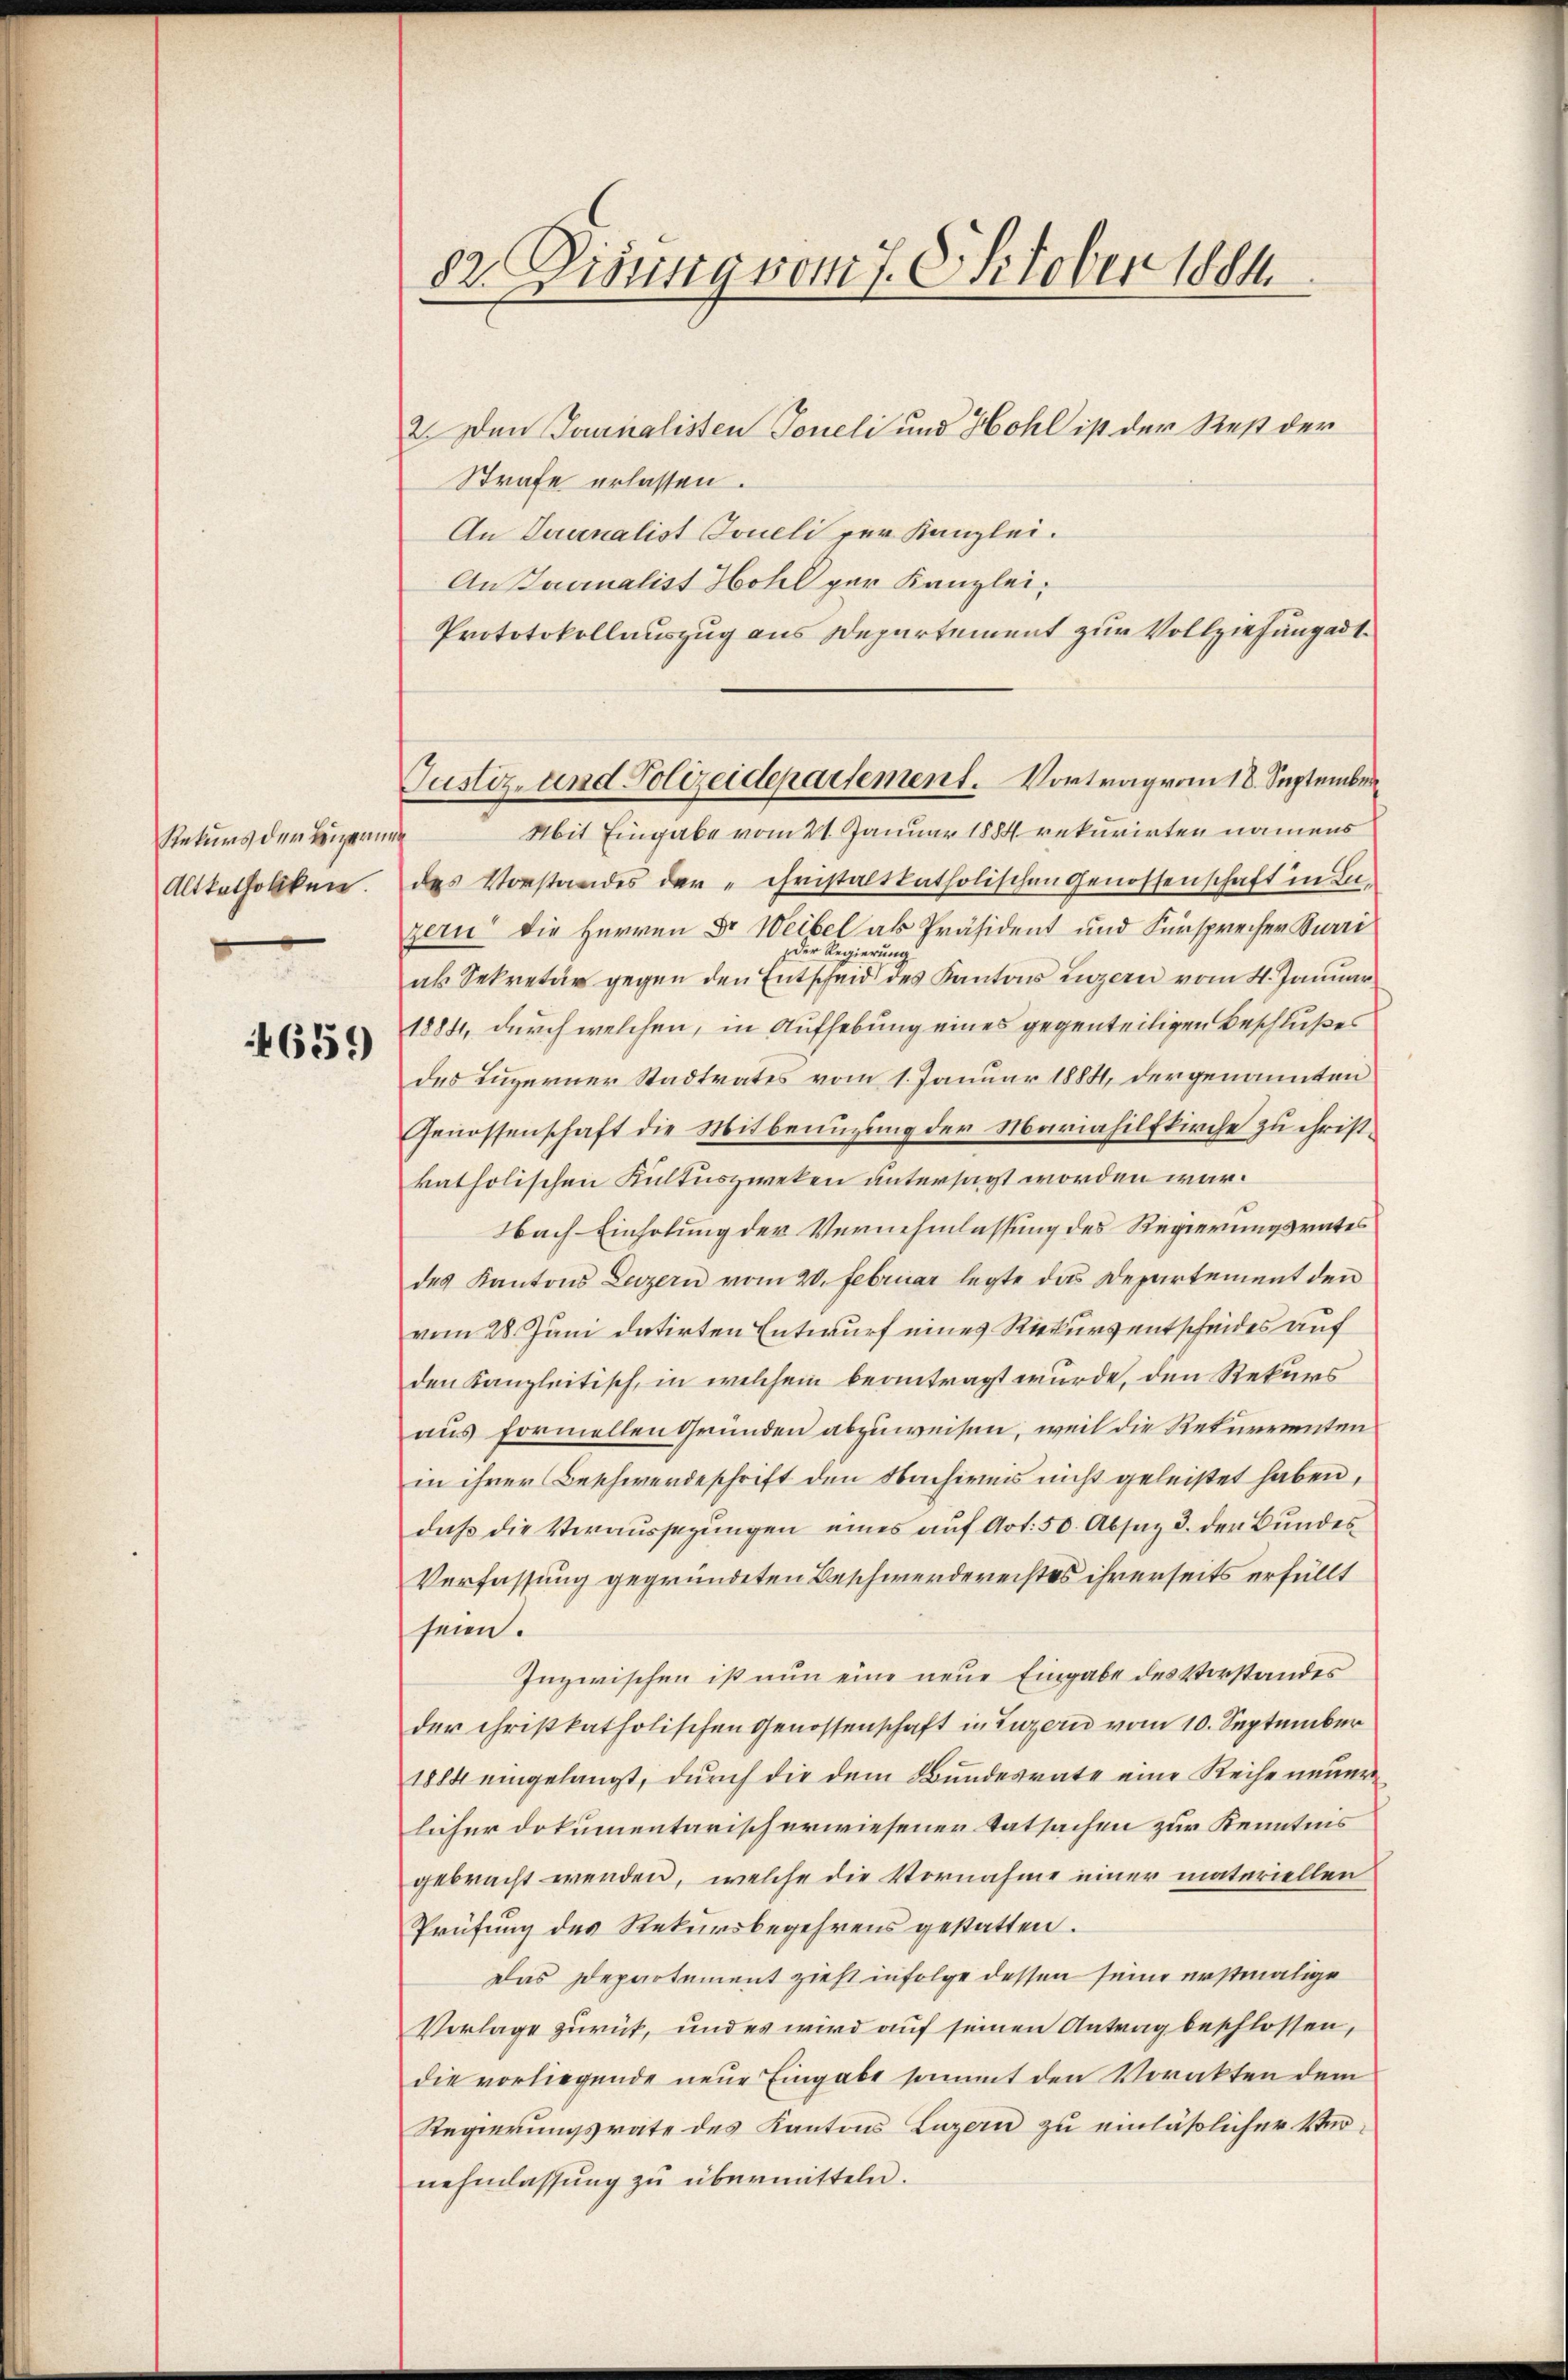
Returs der Beigerun¬
Altkatholiken.

639)

82. Disung vom 7. October 1884.

2. Den Journalisten Toneli und Hohl ist der Rest der
Strafe erlassen.
An Turnalist Joneli per Kanzlei.
An Journalist Hohl per Kanzlei,
Prototokollauszug aus Departement zur Vollziehung ad 1.
Mit Eingabe vom 21. Januar 1884 rekurirten namens
des Vorstandes der Christaltkatholischen Genossenschaft in Leizern die Herren Dr Weibel als Präsident und Fürsprecher Burri
der Regierung
als Sekretär gegen den Entscheid des Kantons Luzern vom 4. Januar
1884, durch welchen, in Aufhebung eines gegenteiligen Beschlußes
des Luzerner Stadtrates vom 1. Januar 1884, der genannten
Genossenschaft die Mitbenuzung der Mariahilfkirche zu christ.
katholischen Kultuszweken untersagt worden war.
Nach Einholung der Vernehmlassung des Regierungsrates
des Kantons Luzern vom 20. Februar legte das Departement den
vom 28. Juni datirten Entwurf eines Rekurs entscheides auf
den Kanzleitisch, in welchem beantragt wurde, den Rekurs
aus formellen Gründen abzuweisen, weil die Rekurrenten
in ihrer Beschwerdeschrift den Nachinis nicht geleistet haben,
daβ die Veraŭssezŭngen eines aŭf Art. 50. Absaz 3. der Bundes
Verfassung gegründeten Beschwerdereistes ihrerseits erfüllt
sen.
Inzwischen ist nun eine neue Eingabe des Vorstandes
der christkatholischen Genossenschaft in Luzern vom 10. September
1884 eingelangt, durch die dem Bundesrate eine Reihe neuer
licher dokumentarisch erwiesener Tatsachen zur Kenntnis
gebracht werden, welche die Vornahme einer materiellen
Prüfung des Rekursbegehrens gestatten.
Das Departement zieht infolge dessen seine erstmalige
Vorlage zurück, und es wird auf seinen Antrag beschlossen,
die vorliegende neue Eingabe sammt den Vorakten dem
Regierungsrate des Kantons Luzern zu einläßlicher Vernehmlassung zu übermitteln.

Justiz- und Polizeidepartement. Vortrag vom 18. September